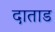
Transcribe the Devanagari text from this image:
दाताड